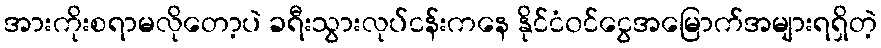
အားကိုးစရာမလိုတော့ပဲ ခရီးသွားလုပ်ငန်းကနေ နိုင်ငံ၀င်ငွေအမြောက်အများရရှိတဲ့